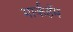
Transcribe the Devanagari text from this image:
मार्कहॅम